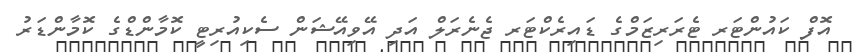
އޮފް ކައުންޓަރ ޓެރަރިޒަމްގެ ޑައިރެކްޓަރ ޖެނެރަލް އަދި އޭވިއޭޝަން ސެކިއުރިޓީ ކޮމާންޑްގެ ކޮމާންޑަރު